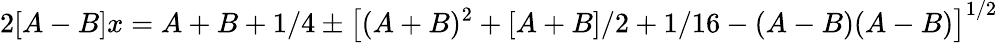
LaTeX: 2[A-B]x=A+B+1/4\pm\left[(A+B)^{2}+[A+B]/2+1/16-(A-B)(A-B)\right]^{1/2}